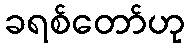
ခရစ်တော်ဟု